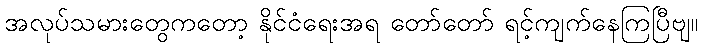
အလုပ်သမားတွေကတော့ နိုင်ငံရေးအရ တော်တော် ရင့်ကျက်နေကြပြီဗျ။